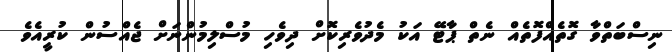
ނިސްބަތްވާ ގޮތެއްފޮތެއް ނެތް ޕާޓޭ އަކު މެދުވެރިކޮށް ދިވެހި މުސްލިމުންނަށް ޖެއްސުން ކުރީއެވެ